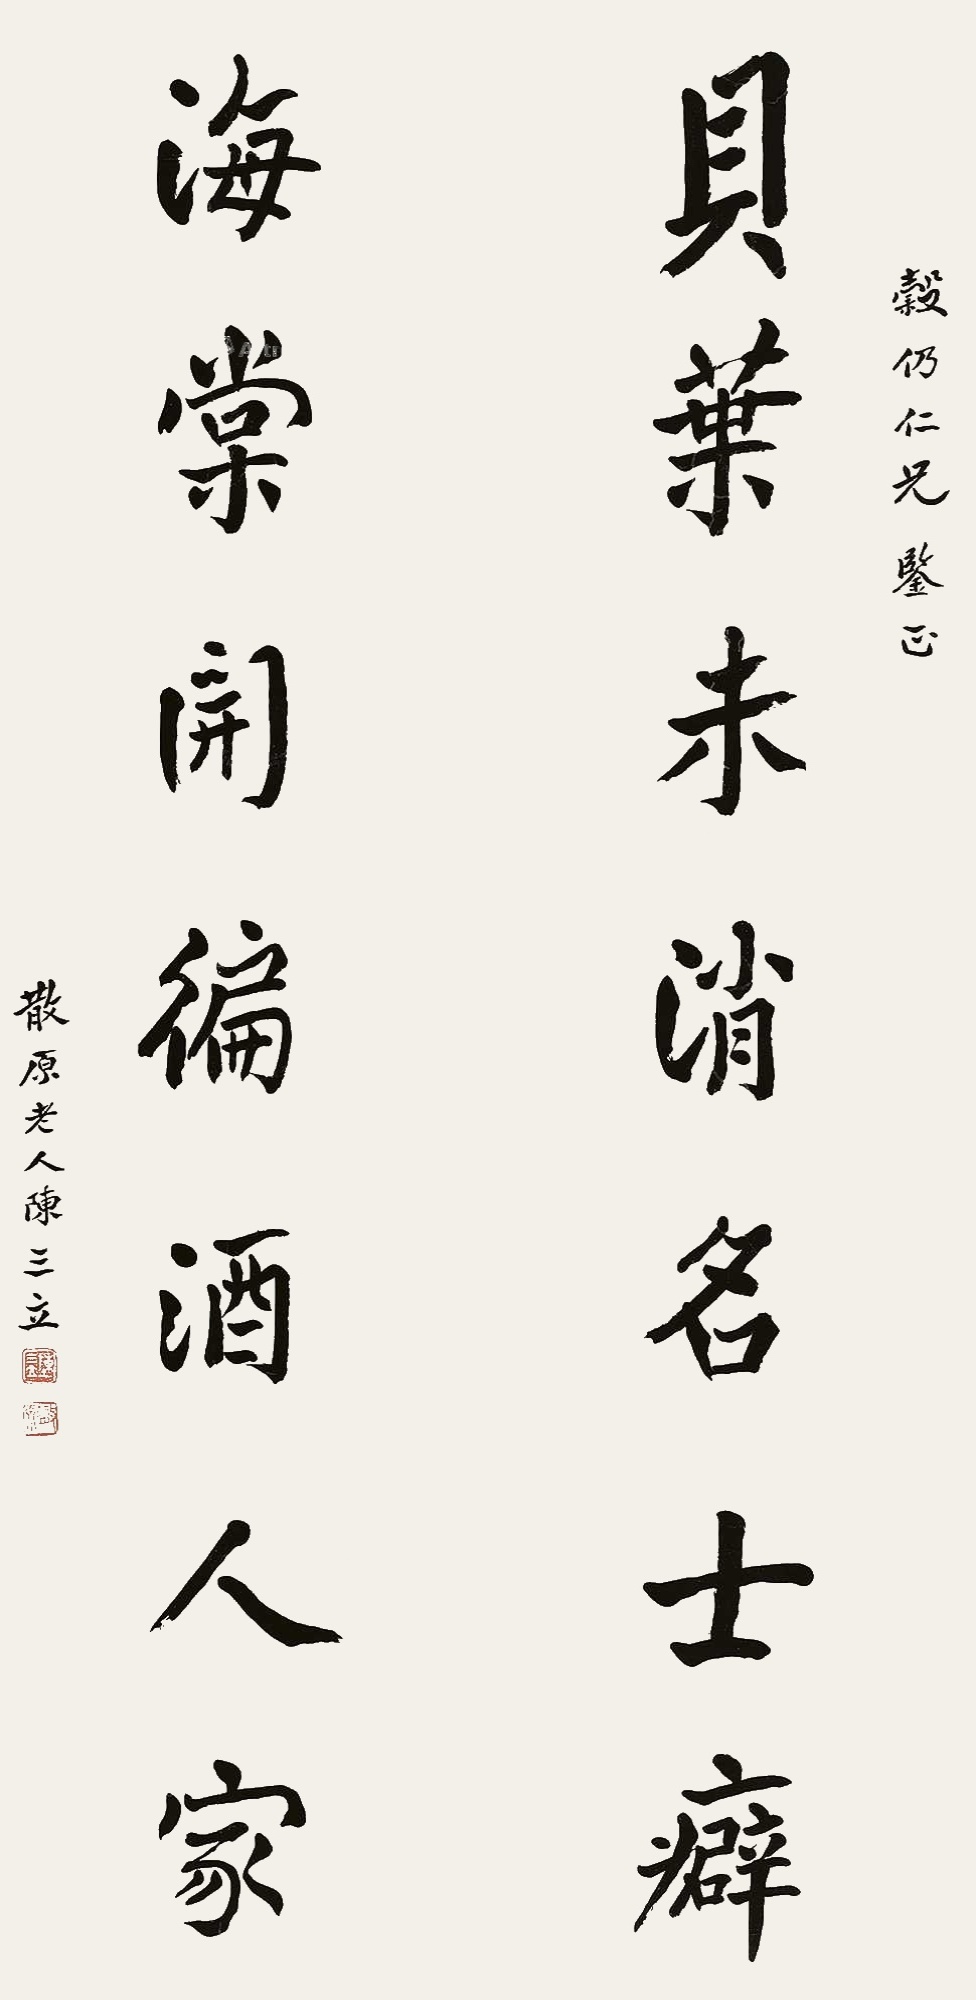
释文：贝叶未消名士癖，海棠开遍酒人家。榖仍仁兄鉴正，散原老人陈三立。